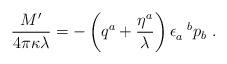
LaTeX: \begin{align*}{M' \over 4 \pi \kappa \lambda} =- \left( q^a + {\eta^a \over \lambda} \right)\epsilon_a^{~~b} p_b ~.\end{align*}